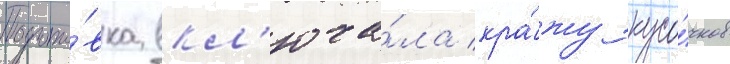
Подгото́вка вкл'юча́ла кра́жу кусо́чков